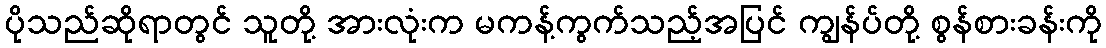
ပိုသည်ဆိုရာတွင် သူတို့ အားလုံးက မကန့်ကွက်သည့်အပြင် ကျွန်ပ်တို့ စွန်စားခန်းကို